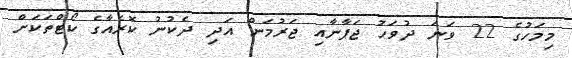
މިމަހުގެ 22 ވަނަ ދުވަހު ޖަޕާނާއި ޖަރުމަން އަދި ދެކުނު ކޮރެއާގެ ކޯޓްތަކަށް